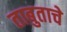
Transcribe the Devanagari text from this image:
ताबुताचे